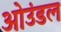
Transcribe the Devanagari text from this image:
ओउंडल